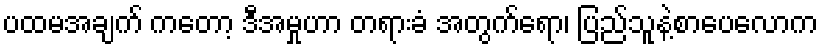
ပထမအချက် ကတော့ ဒီအမှုဟာ တရားခံ အတွက်ရော၊ ပြည်သူနဲ့စာပေလောက